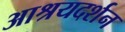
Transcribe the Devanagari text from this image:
आश्रयदर्शन